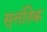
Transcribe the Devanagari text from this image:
सुत्तंतिक